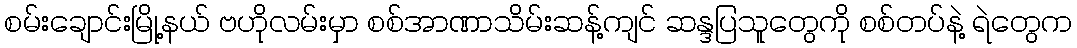
စမ်းချောင်းမြို့နယ် ဗဟိုလမ်းမှာ စစ်အာဏာသိမ်းဆန့်ကျင် ဆန္ဒပြသူတွေကို စစ်တပ်နဲ့ ရဲတွေက